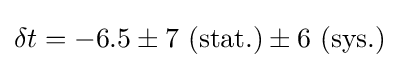
\delta t=-6.5\pm 7\ (\mathrm {stat.} )\pm 6\ (\mathrm {sys.} )